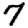
Digit: 7